Lunatic asylums in Bengal annual reports 1899-1911 - 1899-1911
Year: 1899
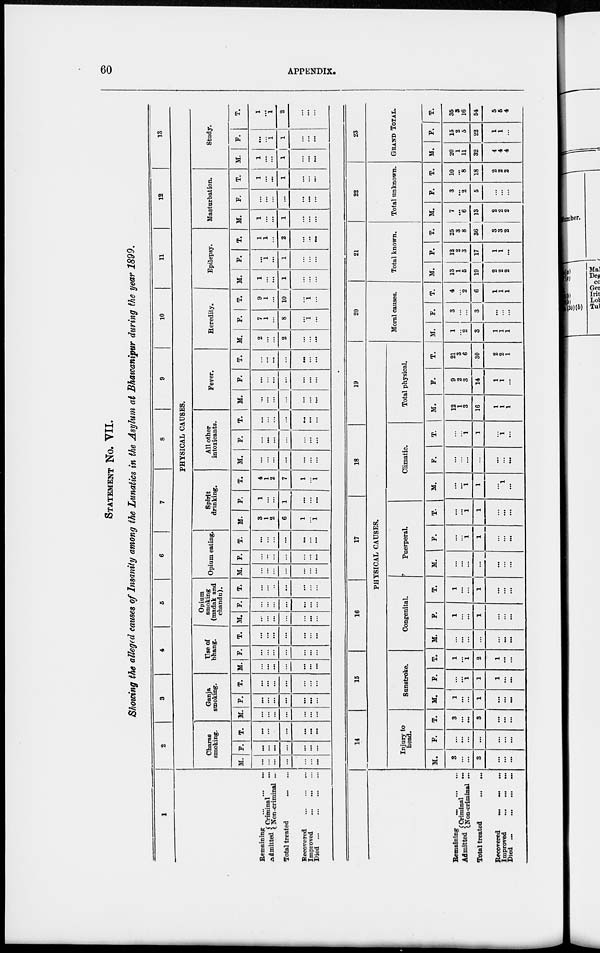
60
APPENDIX.
STATEMENT No. VII.
Showing the alleged causes of Insanity among the Lunatics in the Asylum at Bhawanipur during the year 1899.
1
Remaining...
...
...
Admitted Criminal
...
Non-criminal ...
Total treated ...
Recovered ...
Improved
...
...
...
Died ...
...
...
2
3
4
5
6
7
8
9
10
11
12
13
PHYSICAL CAUSES.
Charas
smoking.
M.
...
...
...
...
...
...
...
F.
...
...
...
...
...
...
...
T.
...
...
...
...
...
...
...
Ganja
smoking.
M.
...
...
...
...
...
...
...
F.
...
...
...
...
...
...
...
T.
...
...
...
...
...
...
...
Use of
bhang.
M.
...
...
...
...
...
...
...
F.
...
...
...
...
...
...
...
T.
...
...
...
...
...
...
...
Opium
smoking
(madak and
chandu).
M.
...
...
...
...
...
...
...
F.
...
...
...
...
...
...
...
T.
...
...
...
...
...
...
...
Opium eating.
M.
...
...
...
...
...
...
...
F.
...
...
...
...
...
...
...
T.
...
...
...
...
...
...
...
Spirit
drinking.
M.
3
1
2
6
1
...
1
F.
1
...
...
1
...
...
...
T.
4
1
2
7
1
...
1
All other
intoxicants.
M.
...
...
...
...
...
...
...
F.
...
...
...
...
...
...
...
T.
...
...
...
...
...
...
...
Fever.
M.
...
...
...
...
...
...
...
F.
...
...
...
...
...
...
...
T.
...
...
...
...
...
...
...
Heredity.
M.
2
...
...
2
...
...
...
F.
7
1
...
8
...
1
...
T.
9
1
...
10
...
1
...
Epilepsy.
M.
1
...
...
1
...
...
...
F.
...
1
...
1
...
...
...
T.
1
1
...
2
...
...
...
Masturbation.
M.
1
...
...
1
...
...
...
F.
...
...
...
...
...
...
...
T.
1
...
...
1
...
...
...
Study.
M.
1
...
...
1
...
...
...
F.
...
...
1
1
...
...
...
T.
1
...
1
2
...
...
...
Remaining
...
...
...
Admitted Criminal
...
Non-criminal ...
Total treated
...
...
Recovered
...
Improved
... ...
Died
...
... ... ...
14
15
16
17
18
19
PHYSICAL CAUSES.
Injury to
head.
M.
3
...
...
3
...
...
...
F.
...
...
...
...
...
...
...
T.
3
...
...
3
...
...
...
Sunstroke.
M.
1
...
...
1
...
...
...
F.
...
...
1
1
1
...
...
T.
1
...
1
2
1
...
...
Congenital.
M.
...
...
...
...
...
...
...
F.
1
...
...
1
...
...
...
T.
1
...
...
1
...
...
...
Puerperal.
M.
...
...
...
...
...
...
...
F.
...
...
1
1
...
1
...
T.
...
...
1
1
...
...
...
Climatic.
M.
...
...
1
1
...
1
...
F.
...
...
...
...
...
...
...
T.
...
...
1
1
1
...
Total physical.
M.
12
1
3
16
1
1
1
F.
9
2
3
14
1
1
...
T.
21
3
6
30
2
2
1
20
Moral causes.
M.
1
...
2
3
1
1
1
F.
3
...
...
3
...
...
...
T.
4
...
2
6
1
1
1
21
Total known.
M.
13
1
5
19
2
2
2
F.
12
2
3
17
1
1
...
T.
25
3
8
36
3
3
2
22
Total unknown.
M.
7
...
6
13
2
2
2
F.
3
...
2
5
...
...
...
T.
10
...
8
18
2
2
2
23
GRAND TOTAL.
M.
20
1
11
32
4
4
4
F.
15
2
5
22
1
1
...
T.
35
3
16
54
5
5
4